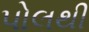
પોલથી